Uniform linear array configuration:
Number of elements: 48
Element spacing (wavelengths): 0.75
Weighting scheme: binomial
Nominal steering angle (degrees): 15
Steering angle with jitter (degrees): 13.033
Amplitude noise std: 0.05
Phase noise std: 0.05

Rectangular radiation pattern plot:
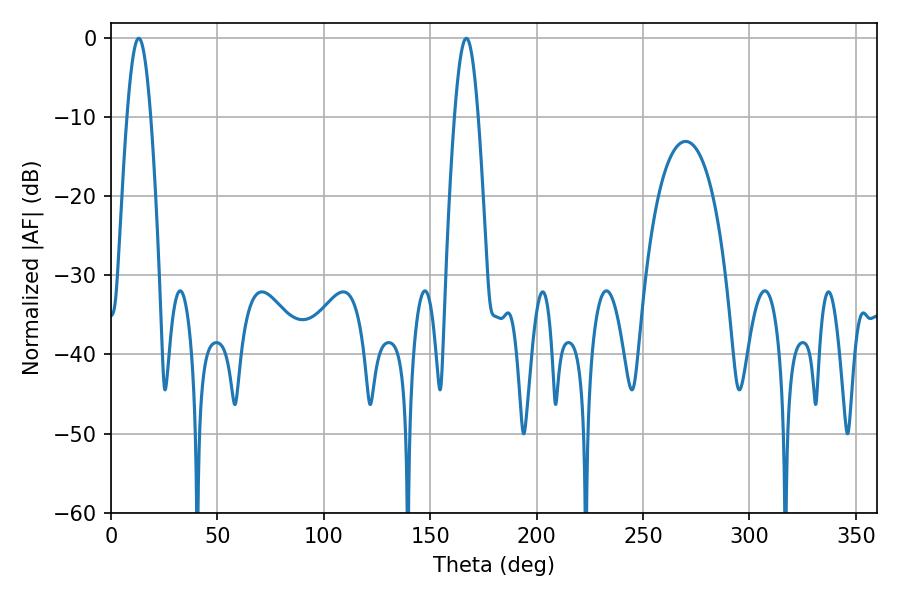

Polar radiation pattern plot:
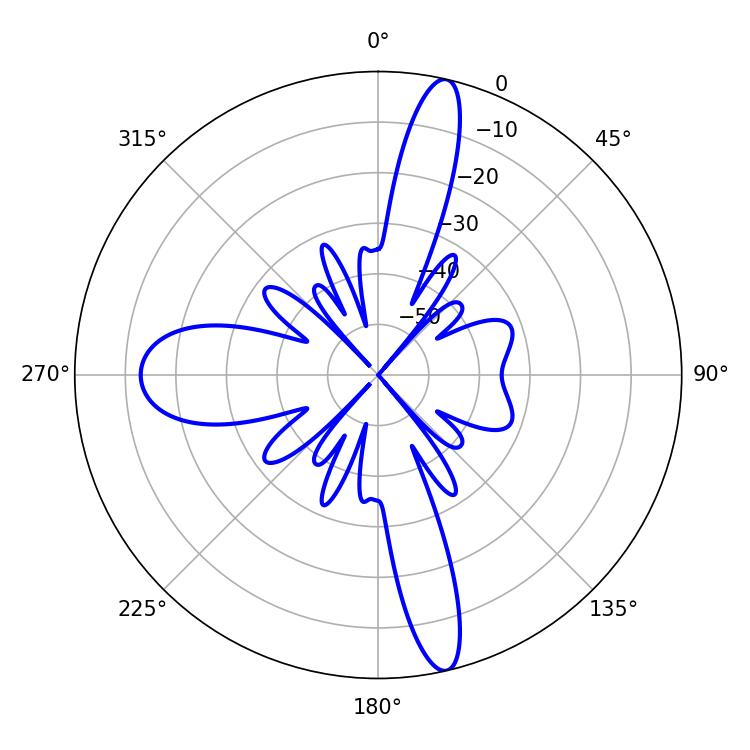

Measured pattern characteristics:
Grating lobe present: TRUE
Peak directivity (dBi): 17.411
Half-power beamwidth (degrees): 5.94
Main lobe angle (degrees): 12.96